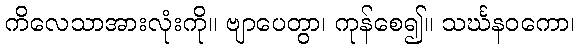
ကိလေသာအားလုံးကို။ ဗျာပေတွာ၊ ကုန်စေ၍။ သင်္ဃနဝကော၊